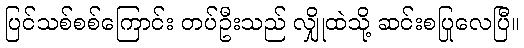
ပြင်သစ်စစ်ကြောင်း တပ်ဦးသည် လျှိုထဲသို့ ဆင်းစပြုလေပြီ။